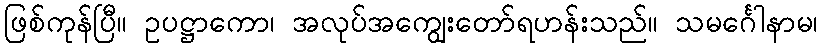
ဖြစ်ကုန်ပြီ။ ဥပဋ္ဌာကော၊ အလုပ်အကျွေးတော်ရဟန်းသည်။ သမင်္ဂေါနာမ၊